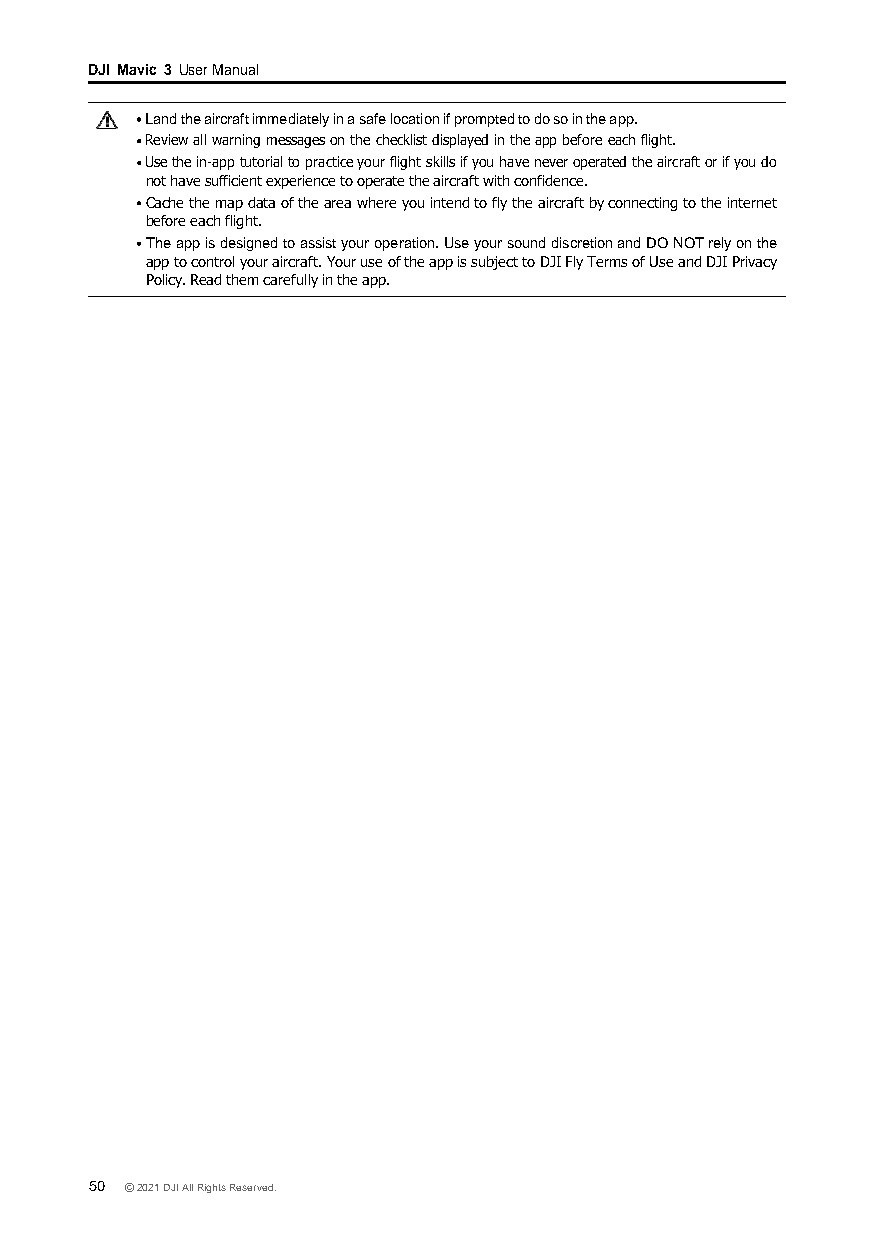
DJI Mavic 3 User Manual
 Land the aircraft immediately in a safe location if prompted to do so in the app.
 Review all warning messages on the checklist displayed in the app before each flight.
 Use the in-app tutorial to practice your flight skills if you have never operated the aircraft or if you do
 not have sufficient experience to operate the aircraft with confidence.
 Cache the map data of the area where you intend to fly the aircraft by connecting to the internet
 before each flight.
 The app is designed to assist your operation. Use your sound discretion and DO NOT rely on the
 app to control your aircraft. Your use of the app is subject to DJI Fly Terms of Use and DJI Privacy
 Policy. Read them carefully in the app.
 50 © 2021 DJI All Rights Reserved.